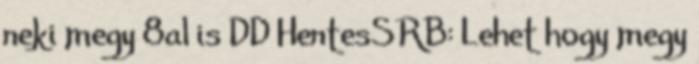
neki megy 8al is DD HentesSRB: Lehet hogy megy